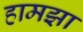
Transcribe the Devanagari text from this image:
हामझा